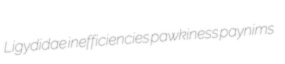
Ligydidae inefficiencies pawkiness paynims